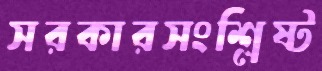
সরকারসংশ্লিষ্ট